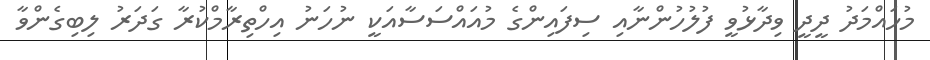
މުހައްމަދު ދީދީ ވިދާޅުވީ ފުލުހުންނާއި ސިފައިންގެ މުއައްސަސާއަކީ ނުހަނު އިހްތިރާމްކުރާ ގަދަރު ލިބިގެންވާ